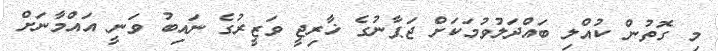
މި ގޮތުން ކުއްލި ބައްދަލުވުމަކަށް ޖަޕާނުގެ ޚާރިޖީ ވަޒީރުގެ ނައިބު ވަނީ އައްމާނަށް